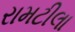
રામટીલા